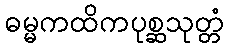
ဓမ္မကထိကပုစ္ဆသုတ္တံ